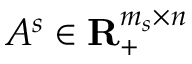
A ^ { s } \in \mathbf { R } _ { + } ^ { m _ { s } \times n }